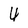
Character: 4